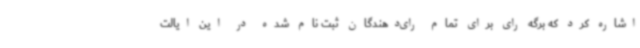
اشاره کرد که برگه رای برای تمام رای‌دهندگان ثبت نام شده در این ایالت